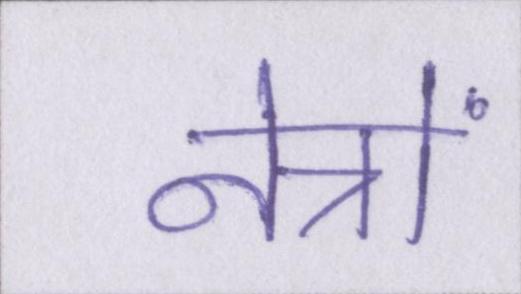
नेत्रों